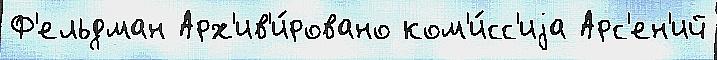
Ф'ельдман Арх'ив'и́ровано ком'и́сс'иjа Арс'ен'ий